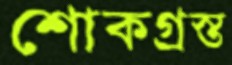
শোকগ্রস্ত